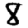
Digit: 8